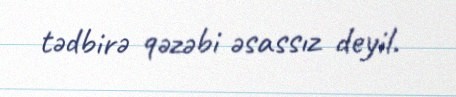
tədbirə qəzəbi əsassız deyil.